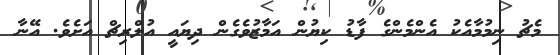
މެޗު ނިމުމާއެކު އެންމެންގެ ފާޑު ކިޔުން އަމާޒުވެގެން ދިޔައީ އުލްރިޗް އަށެވެ. އޭނާ